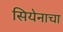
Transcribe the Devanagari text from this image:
सियेनाचा